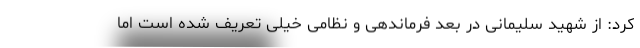
کرد: از شهید سلیمانی در بعد فرماندهی و نظامی خیلی تعریف شده است اما